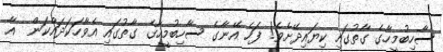
ސާހިބުމީހާގެ ގާތުގައި ކިޔައިދޭށެވެ! ފަހެ އޭނާގެ ސާހިބުމީހާގެ ގާތުގައި އެވާހަކަދައްކަން  އާ